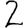
Digit: 2